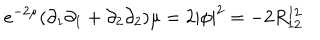
e ^ { - 2 \mu } ( \partial _ { 1 } \partial _ { 1 } + \partial _ { 2 } \partial _ { 2 } ) \mu = 2 | \phi | ^ { 2 } = - 2 R _ { 1 2 } ^ { 1 2 }